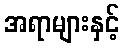
အရာများနှင့်